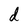
Character: d